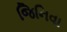
જિનિવા